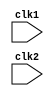
`timescale 1ns / 1ps
//////////////////////////////////////////////////////////////////////////////////
// Company: 
// Engineer: 
// 
// Design Name: 
// Module Name: pipe_mips_32
// Project Name: 
// Target Devices: 
// Tool Versions: 
// Description: 
// 
// Dependencies: 
// 
// Revision:
// Revision 0.01 - File Created
// Additional Comments:
// 
//////////////////////////////////////////////////////////////////////////////////


module pipe_mips_32( clk1,clk2);
input clk1,clk2;

parameter RR_ALU=3'b000,RM_ALU=3'b001,LOAD=3'b010,STORE=3'b011,BRANCH=3'b100,HALT=3'b101;
parameter ADD=6'b000000, SUB=6'b000001, AND=6'b000010, OR=6'b000011,SLT=6'b000100,MUL=6'b000101,   //RR_ALU
 HLT=6'b111111,                                                                                    // HALT
 LW=6'b001000,SW=6'b001001,                                                                        // LOAD , STORE     
 ADDI=6'b001010, SUBI=6'b001011,SLTI=6'b001100,                                                    //RM_ALU
 BNEQZ=6'b001101, BEQZ=6'b001110;                                                                  //BRANCH


reg [31:0] PC;    
reg [31:0] IF_ID_IR,   IF_ID_NPC;
reg [31:0] ID_EX_IR,    ID_EX_A,    ID_EX_B,    ID_EX_IMM,  ID_EX_NPC;
reg [2:0] ID_EX_TYPE;
reg [31:0] EX_MEM_IR,   EX_MEM_ALU_OUT,         EX_MEM_B,   EX_MEM_COND;
reg [2:0] EX_MEM_TYPE;
reg [31:0] MEM_WB_IR,   MEM_WB_ALU_OUT,         MEM_WB_LMD;
reg [2:0] MEM_WB_TYPE;

reg HALTED,TAKEN_BRANCH;

reg [31:0] reg_bank [31:0];
//reg [31:0] data_mem [511:0];
reg [31:0] inst_mem [1023:0];

//////////////////////////////////////////////////////////////////// STAGE 1 INSTRUCTION FETCH ////////////////////////////////////////////////////////////////////////
always@(posedge clk1)       
begin
    if(~HALTED)
    begin
        if((EX_MEM_COND==1'b1 && EX_MEM_IR[31:26]==BEQZ) || (EX_MEM_COND==1'b0 && EX_MEM_IR[31:26]==BNEQZ)) 
        begin
            IF_ID_IR<=inst_mem[EX_MEM_ALU_OUT];
            IF_ID_NPC<=EX_MEM_ALU_OUT+1;
            PC<=EX_MEM_ALU_OUT+1;
            TAKEN_BRANCH<=1'B1;        
        end
        else
        begin
            IF_ID_IR<=inst_mem[PC];
            IF_ID_NPC<=PC+1;
            PC<=PC+1;
        end
    end
end

//////////////////////////////////////////////////////////////////// STAGE 2 INSTRUCTION DECODE ////////////////////////////////////////////////////////////////////////

always@(posedge clk1)
begin
    if(~HALTED)
    begin
        ID_EX_IR<=IF_ID_IR;
        ID_EX_NPC<=IF_ID_NPC;
        ID_EX_IMM<={{16{IF_ID_IR[15]}},{IF_ID_IR[15:0]}};
        if(IF_ID_IR[25:21]==5'b00000)
            ID_EX_A<=5'b00000;
        else
            ID_EX_A<=reg_bank[IF_ID_IR[25:21]];
        
        if(IF_ID_IR[20:16]==5'b00000)
            ID_EX_B<=5'b00000;
        else
            ID_EX_B<=reg_bank[IF_ID_IR[20:16]];
                    
    case(IF_ID_IR[31:26])
    ADD,SUB,AND,OR,SLT,MUL: ID_EX_TYPE<=RR_ALU;
    ADDI,SUBI,SLTI:         ID_EX_TYPE<=RM_ALU;
    LW:                     ID_EX_TYPE<=LOAD;
    SW:                     ID_EX_TYPE<=STORE;               
    BNEQZ,BEQZ:             ID_EX_TYPE<=BRANCH;
    HLT:                    ID_EX_TYPE<=HALT;
    default:                ID_EX_TYPE<=HALT;  
    endcase
    end
end

//////////////////////////////////////////////////////////////////// STAGE 3 EXECUTE /////////////////////////////////////////////////////////////////

always@(posedge clk1)
begin
if(~HALTED)
begin
EX_MEM_IR<=ID_EX_IR;
EX_MEM_TYPE<=ID_EX_TYPE;
TAKEN_BRANCH<=0;

case(ID_EX_TYPE)
RR_ALU:begin
    case(ID_EX_IR[31:26])
     ADD: EX_MEM_ALU_OUT <= ID_EX_A + ID_EX_B;
     SUB: EX_MEM_ALU_OUT <= ID_EX_A - ID_EX_B; 
     AND: EX_MEM_ALU_OUT <= ID_EX_A & ID_EX_B; 
     OR: EX_MEM_ALU_OUT  <= ID_EX_A | ID_EX_B; 
     SLT: EX_MEM_ALU_OUT <= ID_EX_A < ID_EX_B; 
     MUL: EX_MEM_ALU_OUT <= ID_EX_A * ID_EX_B; 
    default:    EX_MEM_ALU_OUT<= 32'hxxxxxxxx;    
    endcase
    end

RM_ALU:begin
    case(ID_EX_IR[31:26])
     ADDI: EX_MEM_ALU_OUT <= ID_EX_A + ID_EX_IMM;
     SUBI: EX_MEM_ALU_OUT <= ID_EX_A - ID_EX_IMM; 
     SLTI: EX_MEM_ALU_OUT <= ID_EX_A < ID_EX_IMM; 
    default:    EX_MEM_ALU_OUT<= 32'hxxxxxxxx;    
    endcase
    end

LOAD,STORE:begin
    EX_MEM_ALU_OUT<=ID_EX_B+ID_EX_IMM;
    EX_MEM_B<=ID_EX_B;
end

BRANCH:begin
    EX_MEM_ALU_OUT<=ID_EX_IMM+ID_EX_NPC;
    EX_MEM_COND<=(ID_EX_A==0);
end

endcase
end
end

/////////////////////////////////////////////////////////////////// STAEG 4 MEMORY /////////////////////////////////////////////////////////////////

always@(posedge clk1)
begin
MEM_WB_IR<=EX_MEM_IR;
MEM_WB_TYPE<=EX_MEM_TYPE;

case(EX_MEM_TYPE)
 LOAD:               MEM_WB_LMD<=inst_mem[EX_MEM_ALU_OUT];
 
 RR_ALU,RM_ALU:      MEM_WB_ALU_OUT<=EX_MEM_ALU_OUT;
 
 STORE:begin
 if(~TAKEN_BRANCH)
       EX_MEM_B<=inst_mem[EX_MEM_ALU_OUT];
end
endcase
end

/////////////////////////////////////////////////////////////////// STAEG 5 WRITE BACK /////////////////////////////////////////////////////////////////

always@(posedge clk1)
begin
if(~TAKEN_BRANCH)
begin
case(MEM_WB_TYPE)
RR_ALU:         reg_bank[MEM_WB_IR[15:11]]<= MEM_WB_ALU_OUT;
RM_ALU:         reg_bank[MEM_WB_IR[20:16]]<= MEM_WB_ALU_OUT;
LOAD:           reg_bank[MEM_WB_IR[20:16]]<= MEM_WB_LMD;
HALT:           HALTED                    <= 1'b1;
endcase
end
end
endmodule












//module pipe_mips_32 (clk1, clk2);
//	input clk1, clk2;
//	reg [31:0] PC, IF_ID_IR, IF_ID_NPC;
//	reg [31:0] ID_EX_IR, ID_EX_NPC, ID_EX_A, ID_EX_B, ID_EX_Imm;
//	reg [2:0] ID_EX_type, EX_MEM_type, MEM_WB_type;
//	reg [31:0] EX_MEM_IR, EX_MEM_ALUOut, EX_MEM_B;
//	reg EX_MEM_cond;
//	reg [31:0] MEM_WB_IR, MEM_WB_ALUOut, MEM_WB_LMD;
//	reg [31:0] Reg [0:31];
//	reg [31:0] Mem [0:1023];

//	parameter ADD = 6'b000000, SUB = 6'b000001, AND = 6'b000010, OR = 6'b000011, SLT = 6'b000100, MUL = 6'b000101, HLT = 6'b111111, LW = 6'b001000, SW = 6'b001001, ADDI = 6'b001010, SUBI = 6'b001011, SLTI = 6'b001100, BNEQZ = 6'b001101, BEQZ = 6'b001110;
//	parameter RR_ALU = 3'b000, RM_ALU = 3'b001, LOAD = 3'b010, STORE = 3'b011, BRANCH = 3'b100, HALT = 3'b101;
//	reg HALTED;
//	reg TAKEN_BRANCH;

////////////////////////////////////////////////////////////// Instruction Fetch /////////////////////////////////////////////////////////////
  
//	always @(posedge clk1) 
//	begin
//		if (HALTED == 0)
//		begin
//			if (((EX_MEM_IR[31:26] == BEQZ) && (EX_MEM_cond == 1)) || ((EX_MEM_IR[31:26] == BNEQZ) && (EX_MEM_cond == 0)))
//			begin
//				IF_ID_IR <= #2 Mem[EX_MEM_ALUOut];
//				TAKEN_BRANCH <= #2 1'b1;
//				IF_ID_NPC <= #2 EX_MEM_ALUOut + 1;
//				PC <= #2 EX_MEM_ALUOut + 1;
//			end
//			else
//			begin
//				IF_ID_IR <= #2 Mem[PC];
//				IF_ID_NPC <= #2 PC + 1;
//				PC <= #2 PC + 1;
//			end
//		end
//	end
 
////////////////////////////////////////////////////////////// Instruction Decode /////////////////////////////////////////////////////////////

//	always @(posedge clk2) // ID stage
//	begin
//		if (HALTED == 0)
//		begin
//			if (IF_ID_IR[25:21] == 5'b00000)
//				ID_EX_A <= 0;
//			else
//				ID_EX_A <= #2 Reg[IF_ID_IR[25:21]]; // "rS"
      
//			if (IF_ID_IR[20:16] == 5'b00000)
//				ID_EX_B <= 0;
//			else
//				ID_EX_B <= #2 Reg[IF_ID_IR[20:16]]; // "rt"
        
//			ID_EX_NPC <= #2 IF_ID_NPC;
//			ID_EX_IR <= #2 IF_ID_IR;
//			ID_EX_Imm <= #2 {{16{IF_ID_IR[15]}}, {IF_ID_IR[15:0]}};
      
//			case (IF_ID_IR[31:26])
//				ADD, SUB, AND, OR, SLT, MUL: ID_EX_type <= #2 RR_ALU;
//				ADDI, SUBI, SLTI: ID_EX_type <= #2 RM_ALU;
//				LW: ID_EX_type <= #2 LOAD;
//				SW: ID_EX_type <= #2 STORE;
//				BNEQZ, BEQZ: ID_EX_type <= #2 BRANCH;
//				HLT: ID_EX_type <= #2 HALT;
//				default: ID_EX_type <= #2 HALT;
//			endcase
//		end
//	end

////////////////////////////////////////////////////////////// Execution stage /////////////////////////////////////////////////////////////

//	always @(posedge clk1) 
//	begin
//		if (HALTED == 0)
//		begin
//			EX_MEM_type <= #2 ID_EX_type;
//			EX_MEM_IR <= #2 ID_EX_IR;
//			TAKEN_BRANCH <= #2 0;
      
//			case (ID_EX_type)
//				RR_ALU:
//				begin
//					case (ID_EX_IR[31:26]) // "opcode"
//						ADD: EX_MEM_ALUOut <= #2 ID_EX_A + ID_EX_B;
//						SUB: EX_MEM_ALUOut <= #2 ID_EX_A - ID_EX_B;
//						AND: EX_MEM_ALUOut <= #2 ID_EX_A & ID_EX_B;
//						OR: EX_MEM_ALUOut <= #2 ID_EX_A | ID_EX_B;
//						SLT: EX_MEM_ALUOut <= #2 ID_EX_A < ID_EX_B;
//						MUL: EX_MEM_ALUOut <= #2 ID_EX_A * ID_EX_B;
//						default: EX_MEM_ALUOut <= #2 32'hxxxxxxxx;
//					endcase
//				end
//				RM_ALU:
//				begin
//					case (ID_EX_IR[31:26])
//						ADDI: EX_MEM_ALUOut <= #2 ID_EX_A + ID_EX_Imm;
//						SUBI: EX_MEM_ALUOut <= #2 ID_EX_A - ID_EX_Imm;
//						SLTI: EX_MEM_ALUOut <= #2 ID_EX_A < ID_EX_Imm;
//						default: EX_MEM_ALUOut <= #2 32'hxXXXXXXX;
//					endcase
//				end
//			endcase
//		end
//	end

////////////////////////////////////////////////////////////// Memory stage /////////////////////////////////////////////////////////////

//	always @(posedge clk2)
//	begin
//		if (HALTED == 0)
//		begin
//			MEM_WB_type <= #2 EX_MEM_type;
//			MEM_WB_IR <= #2 EX_MEM_IR;
      
//			case (EX_MEM_type)
//				RR_ALU, RM_ALU: MEM_WB_ALUOut <= #2 EX_MEM_ALUOut;
//				LOAD: MEM_WB_LMD <= #2 Mem[EX_MEM_ALUOut];
//				STORE: if (TAKEN_BRANCH == 0) Mem[EX_MEM_ALUOut] <= #2 EX_MEM_B;
//			endcase
//		end
//	end

////////////////////////////////////////////////////////////// Write Back /////////////////////////////////////////////////////////////

//	always @(posedge clk1)
//	begin
//		if (TAKEN_BRANCH == 0)
//		begin
//			case (MEM_WB_type)
//				RR_ALU: Reg[MEM_WB_IR[15:11]] <= #2 MEM_WB_ALUOut; // "rd"
//				RM_ALU: Reg[MEM_WB_IR[20:16]] <= #2 MEM_WB_ALUOut; // "rt"
//				LOAD: Reg[MEM_WB_IR[20:16]] <= #2 MEM_WB_LMD; // "xt"
//				HALT: HALTED <= #2 1'b1;
//			endcase
//		end
//	end
//endmodule